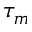
\tau _ { m }